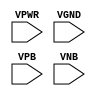
module sky130_fd_sc_ls__fill (
    VPWR,
    VGND,
    VPB ,
    VNB
);

    input VPWR;
    input VGND;
    input VPB ;
    input VNB ;
endmodule